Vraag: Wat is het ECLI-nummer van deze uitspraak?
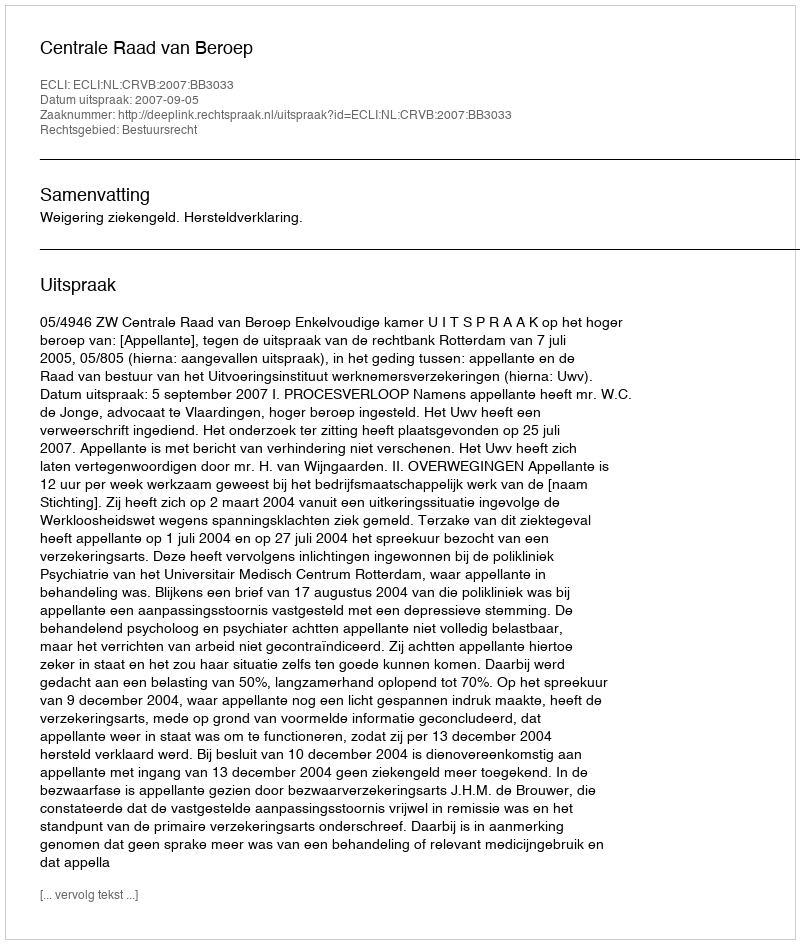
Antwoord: ECLI:NL:CRVB:2007:BB3033